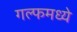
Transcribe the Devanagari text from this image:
गल्फमध्ये